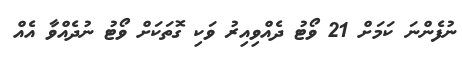
ނުފެންނަ ކަމަށް 21 ވޯޓު ދެއްވިއިރު ވަކި ގޮތަކަށް ވޯޓު ނުދެއްވާ އެއް